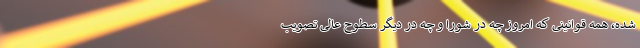
شده، همه قوانینی که امروز چه در شورا و چه در دیگر سطوح عالی تصویب